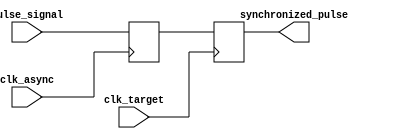
module PulseSynchronizer (
    input wire pulse_signal,
    input wire clk_async,
    input wire clk_target,
    output wire synchronized_pulse
);

reg async_pulse_reg, target_pulse_reg;

always @(posedge clk_async)
begin
    async_pulse_reg <= pulse_signal;
end

always @(posedge clk_target)
begin
    target_pulse_reg <= async_pulse_reg;
end

assign synchronized_pulse = target_pulse_reg;

endmodule